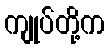
ကျုပ်တို့က